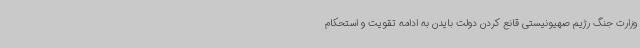
وزارت جنگ رژیم صهیونیستی قانع کردن دولت بایدن به ادامه تقویت و استحکام